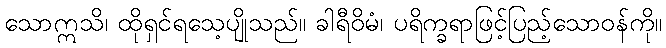
သောဣသိ၊ ထိုရှင်ရသေ့ပျိုသည်။ ခါရီဝိမံ၊ ပရိက္ခရာဖြင့်ပြည့်သောဝန်ကို။